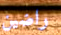
راضين